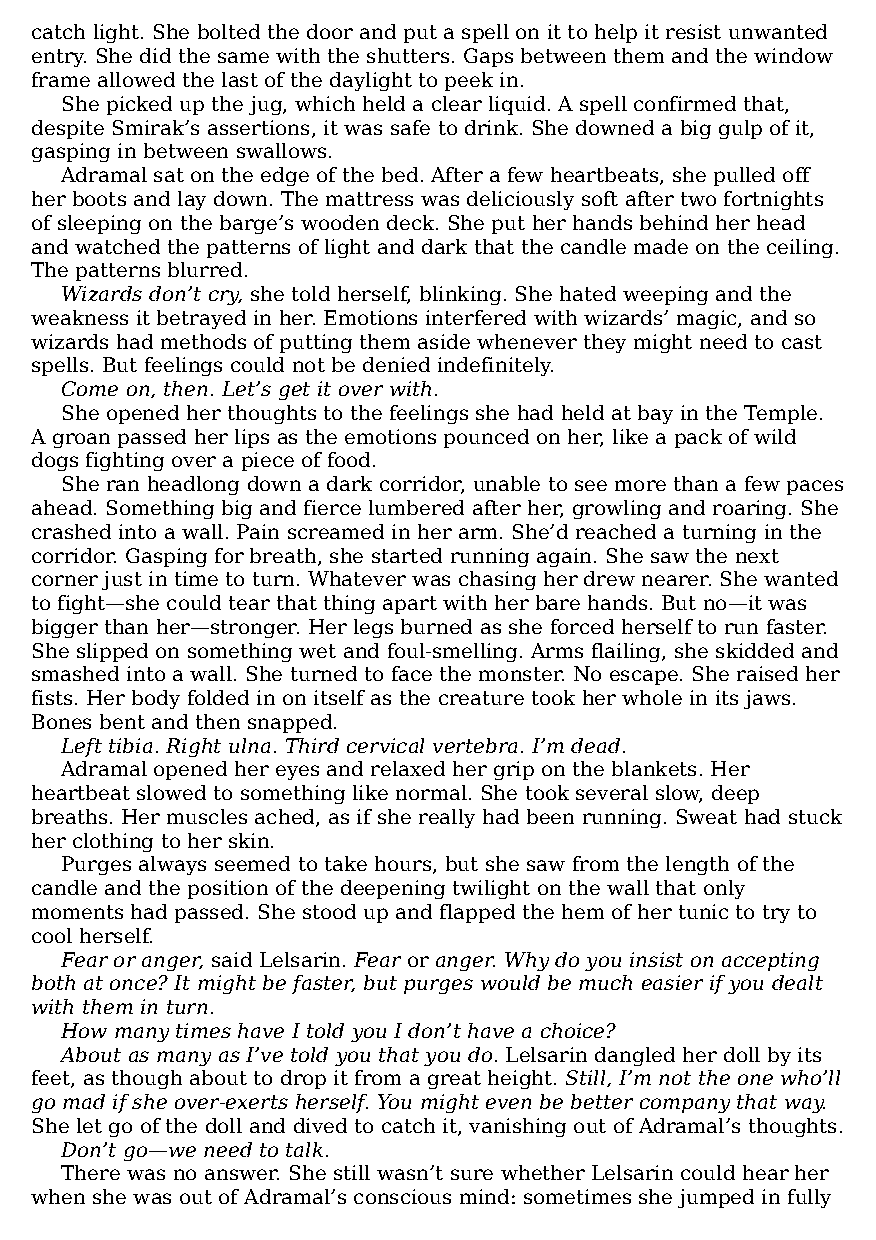
catch light. She bolted the door and put a spell on it to help it resist unwanted
 entry. She did the same with the shutters. Gaps between them and the window
 frame allowed the last of the daylight to peek in.
 She picked up the jug, which held a clear liquid. A spell confirmed that,
 despite Smirak’s assertions, it was safe to drink. She downed a big gulp of it,
 gasping in between swallows.
 Adramal sat on the edge of the bed. After a few heartbeats, she pulled off
 her boots and lay down. The mattress was deliciously soft after two fortnights
 of sleeping on the barge’s wooden deck. She put her hands behind her head
 and watched the patterns of light and dark that the candle made on the ceiling.
 The patterns blurred.
 Wizards don’t cry, she told herself, blinking. She hated weeping and the
 weakness it betrayed in her. Emotions interfered with wizards’ magic, and so
 wizards had methods of putting them aside whenever they might need to cast
 spells. But feelings could not be denied indefinitely.
 Come on, then. Let’s get it over with.
 She opened her thoughts to the feelings she had held at bay in the Temple.
 A groan passed her lips as the emotions pounced on her, like a pack of wild
 dogs fighting over a piece of food.
 She ran headlong down a dark corridor, unable to see more than a few paces
 ahead. Something big and fierce lumbered after her, growling and roaring. She
 crashed into a wall. Pain screamed in her arm. She’d reached a turning in the
 corridor. Gasping for breath, she started running again. She saw the next
 corner just in time to turn. Whatever was chasing her drew nearer. She wanted
 to fight—​she could tear that thing apart with her bare hands. But no—​it was
 bigger than her—​stronger. Her legs burned as she forced herself to run faster.
 She slipped on something wet and foul-smelling. Arms flailing, she skidded and
 smashed into a wall. She turned to face the monster. No escape. She raised her
 fists. Her body folded in on itself as the creature took her whole in its jaws.
 Bones bent and then snapped.
 Left tibia. Right ulna. Third cervical vertebra. I’m dead.
 Adramal opened her eyes and relaxed her grip on the blankets. Her
 heartbeat slowed to something like normal. She took several slow, deep
 breaths. Her muscles ached, as if she really had been running. Sweat had stuck
 her clothing to her skin.
 Purges always seemed to take hours, but she saw from the length of the
 candle and the position of the deepening twilight on the wall that only
 moments had passed. She stood up and flapped the hem of her tunic to try to
 cool herself.
 Fear or anger, said Lelsarin. Fear or anger. Why do you insist on accepting
 both at once? It might be faster, but purges would be much easier if you dealt
 with them in turn.
 How many times have I told you I don’t have a choice?
 About as many as I’ve told you that you do. Lelsarin dangled her doll by its
 feet, as though about to drop it from a great height. Still, I’m not the one who’ll
 go mad if she over-exerts herself. You might even be better company that way.
 She let go of the doll and dived to catch it, vanishing out of Adramal’s thoughts.
 Don’t go—​we need to talk.
 There was no answer. She still wasn’t sure whether Lelsarin could hear her
 when she was out of Adramal’s conscious mind: sometimes she jumped in fully